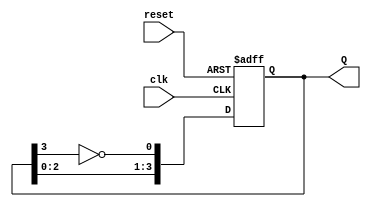
module johnson_counter (
    input wire clk,       // Clock input
    input wire reset,     // Asynchronous reset
    output reg [3:0] Q    // 4-bit output representing the counter state
);

// Sequential logic for the Johnson counter
always @(posedge clk or posedge reset) begin
    if (reset) begin
        // Asynchronous reset: set all flip-flops to 0
        Q <= 4'b0000;
    end else begin
        // State transition logic for the Johnson counter
        Q[0] <= ~Q[3]; // D0 = ~Q3
        Q[1] <= Q[0];  // D1 = Q0
        Q[2] <= Q[1];  // D2 = Q1
        Q[3] <= Q[2];  // D3 = Q2
    end
end

endmodule